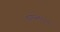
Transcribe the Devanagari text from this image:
बागास्ताइन